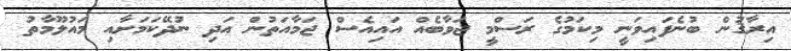
އިރާޤުން ބުނެފައިވަނީ މިކަމުގެ ރަސްމީ ޖަވާބެއް އައިއެސް ޖަމާއަތުން އަދި ނުދޭކަމަށާއި މައުލޫމާތު